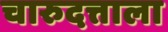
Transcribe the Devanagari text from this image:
चारुदत्ताला